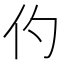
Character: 仢